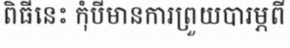
ពិធីនេះ កុំបីមានការព្រួយបារម្ភពី